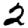
Digit: 2